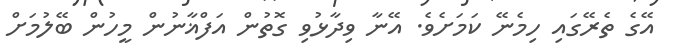
އޭގެ ތެރޭގައި ހިމެނޭ ކަމަށެވެ. އޭނާ ވިދާޅުވި ގޮތުން އަފްޣާނުން މީހުން ބޭލުމަށް